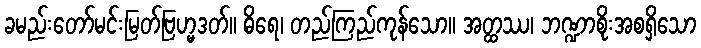
ခမည်းတော်မင်းမြတ်ဗြဟ္မဒတ်။ ဓိရေ၊ တည်ကြည်ကုန်သော။ အတ္ထဿ၊ ဘဏ္ဍာစိုးအစရှိသော